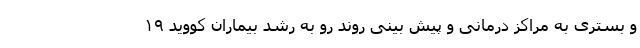
و بستری به مراکز درمانی و پیش بینی روند رو به رشد بیماران کووید ۱۹